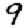
Digit: 9